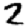
Digit: 2